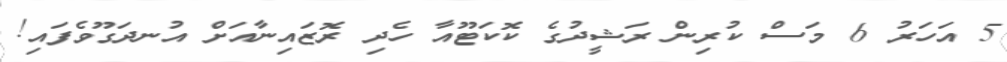
5 އަހަރު 6 މަސް ކުރިން ރަޝީދުގެ ކޮކަޓޫއާ ހެދި ރޮޒައިނާއަށް އުނދަގޫވެފައި!